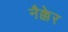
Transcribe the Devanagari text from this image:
नैक्केर